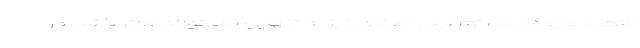
متعدد وجود دارد، تعطیلی اصناف نیز به تنهایی نمی‌تواند موثر باشد، در